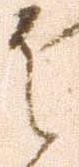
之